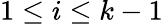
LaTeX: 1\le i\le k-1